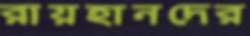
রায়হানদের